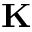
\mathbf K